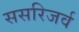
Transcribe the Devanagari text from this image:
ससरिजर्व